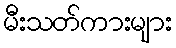
မီးသတ်ကားများ